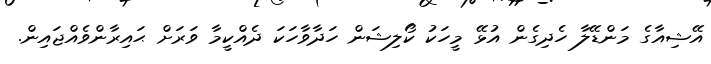
އޭޝިއާގެ މަންޑޭލާ ހެދިގެން އުޅޭ މީހަކު ކޯލިޝަން ހަދާވާހަކަ ދެއްކީމާ ވަރަށް ޙައިރާންވެއްޖައިން.